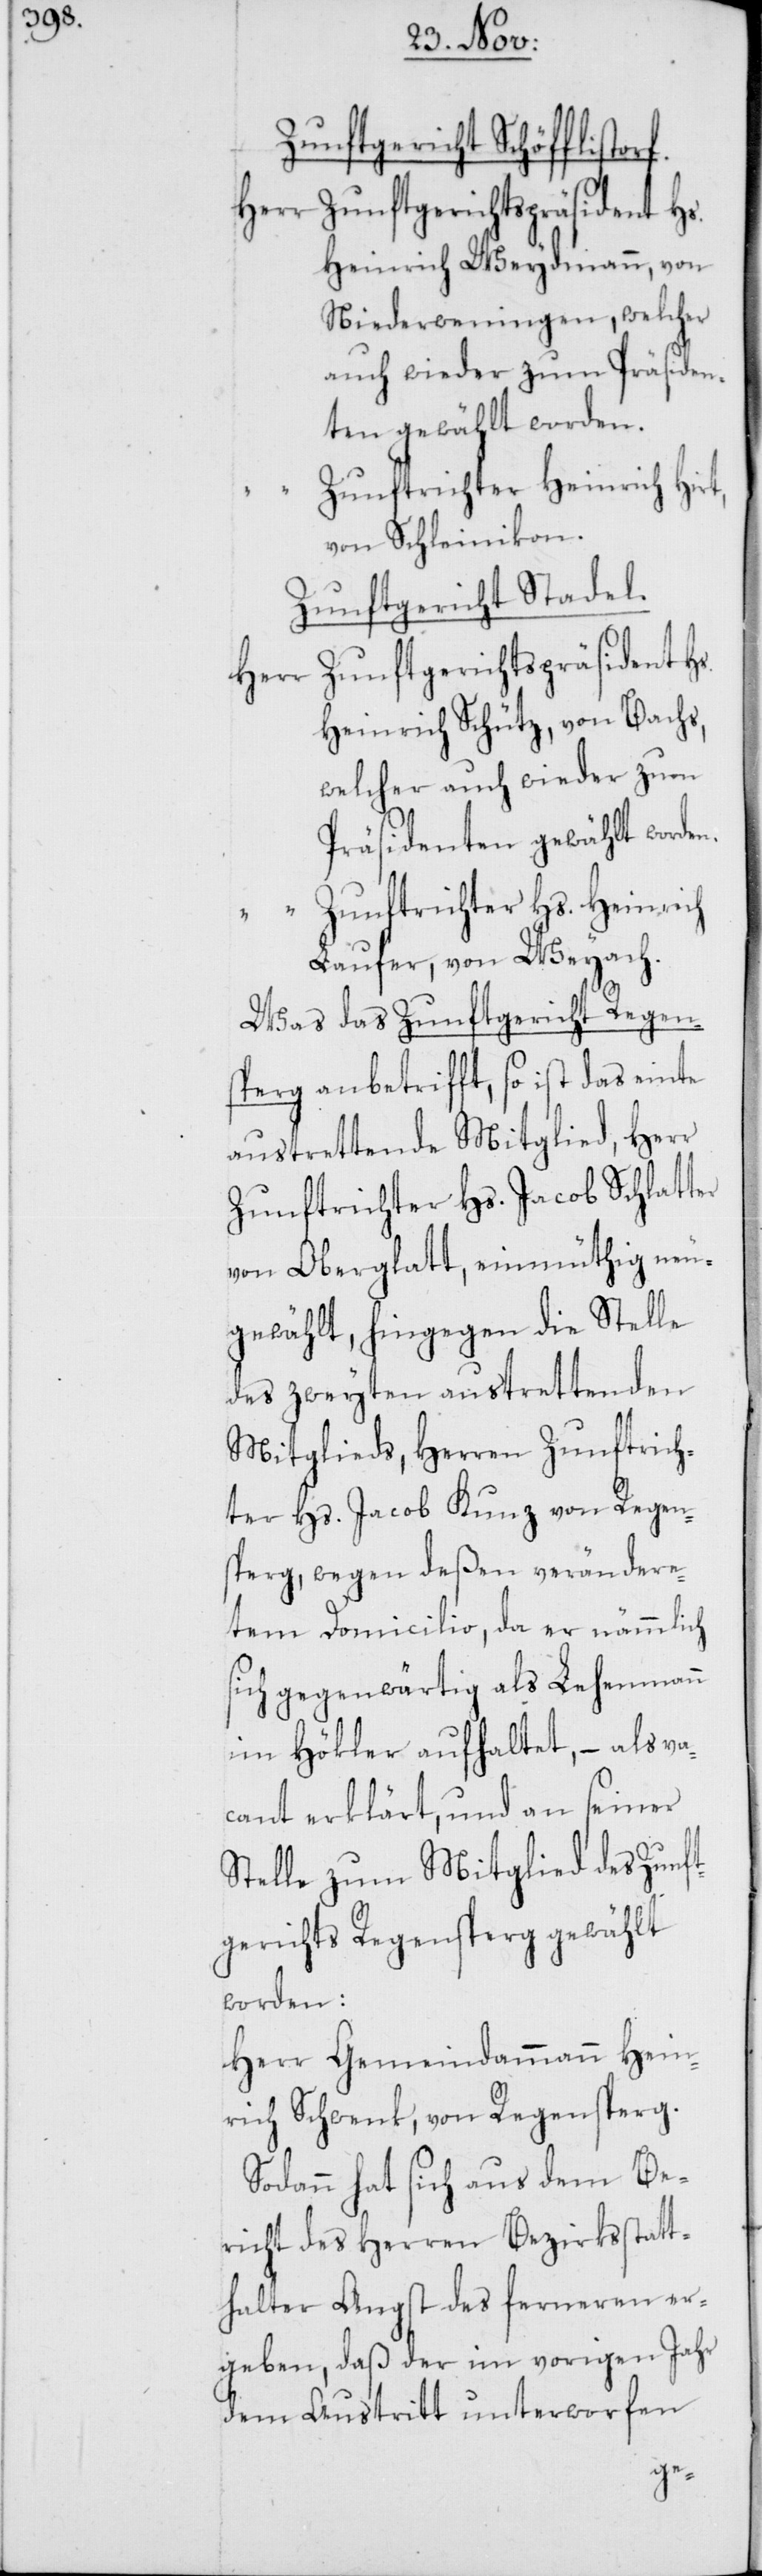
Zunftgericht Schöfflistor¬
Herr Zunftgerichtspräsident Hs.
Heinrich Weydmann, von
Niederweningen, welcher
auch wieder zum Präsiden¬
ten gewählt worden.
Zunftrichter Heinrich Hir¬
n.
von Schleinikon.
Zunftgericht Stadel.
Herr Zunftgerichtspräsident Hs.
Heinrich Schütz, von Bachs,
welcher auch wieder zum
Präsidenten gewählt worde¬
Zunftrichter Hs. Heinrich
Laufer, von Weyach.
Was das Zunftgericht Regen¬
sperg anbetrifft, so ist das einte
austrettende Mitglied, Herr
Zunftrichter Hs. Jacob Schlatter
von Oberglatt, einmüthig neu¬
gewählt, hingegen die Stelle
des zweyten austrettenden
Mitglieds, Herren Zunftrich¬
ter Hs. Jacob Kunz von Regen¬
sperg, wegen deßen verändere¬
tem Domicilio, da er nämmlich
sich gegenwärtig als Lehenmann
im Hökler aufhaltet, – als va¬
cant erklärt, und an seiner
Stelle zum Mitglied des Zunft¬
gerichts Regensperg gewählt
worden:
Herr Gemeindammann Hein¬
rich Schwenk, von Regensperg.
Sodann hat sich aus dem Be¬
richt des Herren Bezirksstatt¬
halter Angst des ferneren er¬
geben, daß der im vorigen Jahr
dem Austritt unterworfen